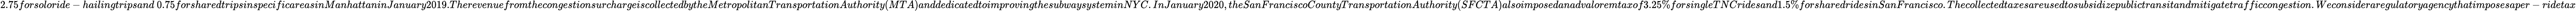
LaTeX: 2.75forsoloride-hailingtripsand\ 0.75forsharedtripsinspecificareasinManhattaninJanuary2019.TherevenuefromthecongestionsurchargeiscollectedbytheMetropolitanTransportationAuthority(MTA)anddedicatedtoimprovingthesubwaysysteminNYC.InJanuary2020,theSanFranciscoCountyTransportationAuthority(SFCTA)alsoimposedanadvaloremtaxof3.25\% forsingleTNCridesand1.5\% forsharedridesinSanFrancisco.Thecollectedtaxesareusedtosubsidizepublictransitandmitigatetrafficcongestion.Weconsideraregulatoryagencythatimposesaper-ridetax